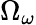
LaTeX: \Omega_{\omega}